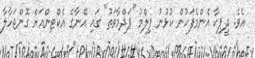
އެވެ. ދީޕިކާ އެންމެފަހުން ކުޅުނު ފިލްމު "ޕަދްމާވަތު" ގައި އޭނާގެ އެކްޓިންއަށް ގޮންޖަހާލާ